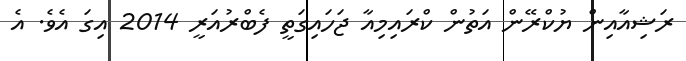
ރަޝިއާއިން ޔުކްރޭން އަތުން ކްރައިމިއާ ޖަހައިގަތީ ފެބްރުއަރީ 2014 އިގަ އެވެ. އެ